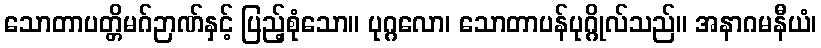
သောတာပတ္တိမဂ်ဉာဏ်နှင့် ပြည့်စုံသော။ ပုဂ္ဂလော၊ သောတာပန်ပုဂ္ဂိုလ်သည်။ အနာဂမနီယံ၊